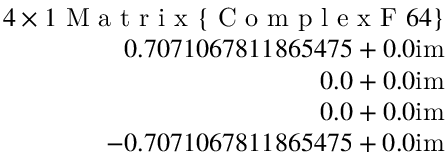
\begin{array} { r } { 4 \times 1 \mathrm { ~ M ~ a ~ t ~ r ~ i ~ x ~ } \{ \mathrm { ~ C ~ o ~ m ~ p ~ l ~ e ~ x ~ F ~ } 6 4 \} } \\ { 0 . 7 0 7 1 0 6 7 8 1 1 8 6 5 4 7 5 + 0 . 0 \mathrm { i m } } \\ { 0 . 0 + 0 . 0 \mathrm { i m } } \\ { 0 . 0 + 0 . 0 \mathrm { i m } } \\ { - 0 . 7 0 7 1 0 6 7 8 1 1 8 6 5 4 7 5 + 0 . 0 \mathrm { i m } } \end{array}